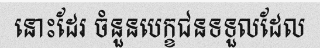
នោះដែរ ចំនួនបេក្ខជនទទួលដែល